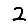
Digit: 2